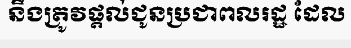
នឹងត្រូវផ្តល់ជូនប្រជាពលរដ្ឋ ដែល